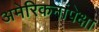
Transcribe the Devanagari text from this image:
अमेरिकनांपेक्षा